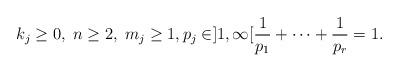
LaTeX: \begin{align*} k_j \ge 0, \; n \ge 2, \; m_j \ge 1, p_j \in ]1,\infty[ \frac{1}{p_1} + \cdots + \frac{1}{p_r} = 1.\end{align*}